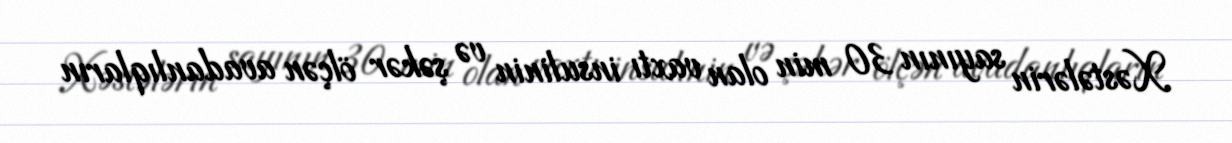
Xəstələrin sayının 30 min olan vaxtı insulinin və şəkər ölçən avadanlıqların